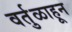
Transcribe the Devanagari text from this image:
वर्तुळाहून